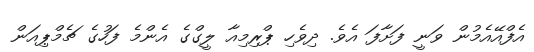
އެފްއޭއެމުން ވަނީ ފަށާފަ އެވެ. ދިވެހި ޕްރިމިއާ ލީގްގެ އެންމެ ފަހުގެ ޗެމްޕިއަން